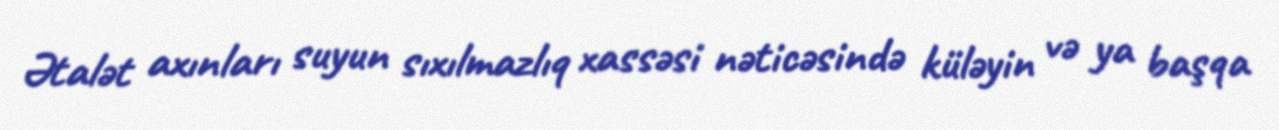
Ətalət axınları suyun sıxılmazlıq xassəsi nəticəsində küləyin və ya başqa